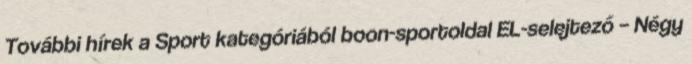
További hírek a Sport kategóriából boon-sportoldal EL-selejtező – Négy